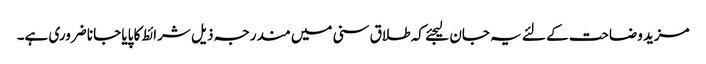
مزید وضاحت کے لئے یہ جان لیجئے کہ طلاق سنی میں مندرجہ ذیل شرائط کا پایا جانا ضروری ہے۔